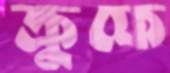
ক্রুফে